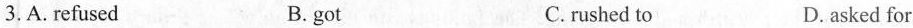
3. A. refused B. got C.rushed to D.asked for